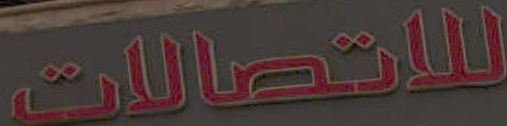
للاتصالات